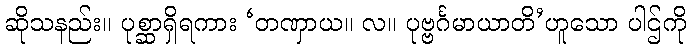
ဆိုသနည်း။ ပုစ္ဆာရှိရကား ‘တဏှာယ။ လ။ ပုဗ္ဗင်္ဂမာယာတိ’ဟူသော ပါဌ်ကို